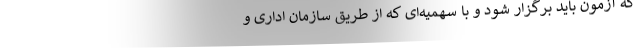
که آزمون باید برگزار شود و با سهمیه‌ای که از طریق سازمان اداری و